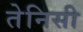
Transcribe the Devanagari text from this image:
तेनिसी